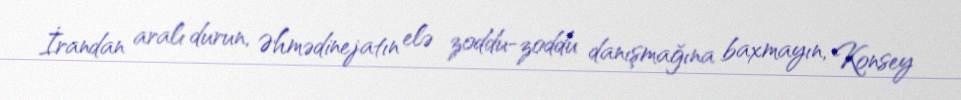
İrandan aralı durun, Əhmədinejatın elə zoddu-zoddu danışmağına baxmayın, Konsey